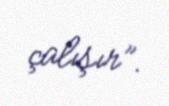
çalışır”.